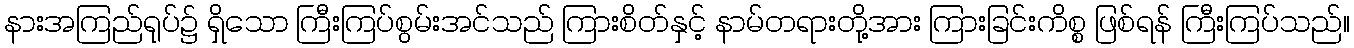
နားအကြည်ရုပ်၌ ရှိသော ကြီးကြပ်စွမ်းအင်သည် ကြားစိတ်နှင့် နာမ်တရားတို့အား ကြားခြင်းကိစ္စ ဖြစ်ရန် ကြီးကြပ်သည်။